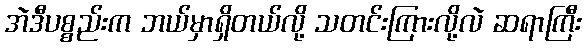
အဲဒီပစ္စည်းက ဘယ်မှာရှိတယ်လို့ သတင်းကြားလို့လဲ ဆရာကြီး